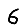
Digit: 6